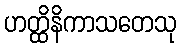
ဟတ္ထိနိကာသတေသု